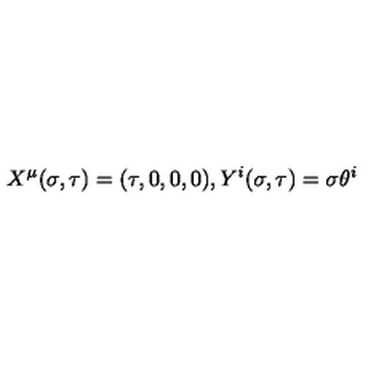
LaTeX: X ^ { \mu } ( \sigma , \tau ) = ( \tau , 0 , 0 , 0 ) , Y ^ { i } ( \sigma , \tau ) = \sigma \theta ^ { i }